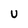
Character: U